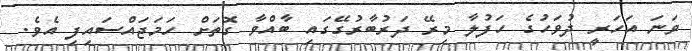
ވަނަ އަހަރީ ދުވަހުގެ ހަފުލާ މިރޭ ދަރުބާރުގޭގައި ބާއްވާ ގޮތަށް ހަމަޖައްސައިފި އެވެ.